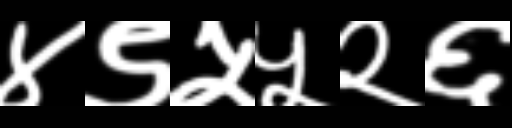
Text: ४९५५२६